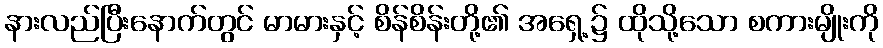
နားလည်ပြီးနောက်တွင် မာမားနှင့် စိန်စိန်းတို့၏ အရှေ့၌ ထိုသို့သော စကားမျိုးကို